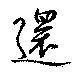
還